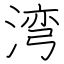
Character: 湾